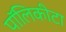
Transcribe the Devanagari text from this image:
पॉलिकीटा